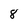
Character: 8